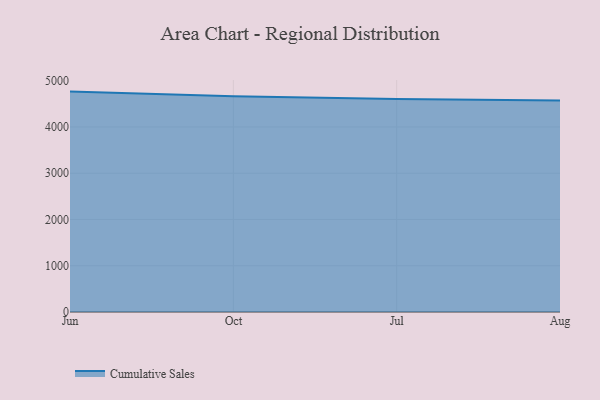
{"axis": {"x": "Month", "y": "Operating Costs (USD K)"}, "legend": ["Cumulative Sales"], "data": [{"x": "Jun", "y": 4764.2, "type": "Cumulative Sales"}, {"x": "Oct", "y": 4661.4, "type": "Cumulative Sales"}, {"x": "Jul", "y": 4606.4, "type": "Cumulative Sales"}, {"x": "Aug", "y": 4570.3, "type": "Cumulative Sales"}]}